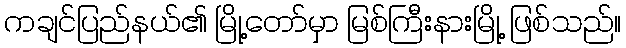
ကချင်ပြည်နယ်၏ မြို့တော်မှာ မြစ်ကြီးနားမြို့ ဖြစ်သည်။